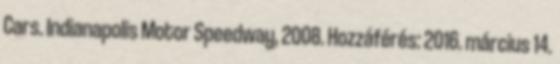
Cars. Indianapolis Motor Speedway, 2008. Hozzáférés: 2016. március 14.